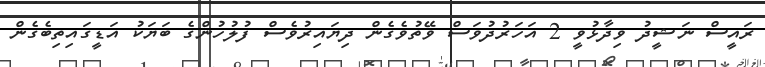
ރައީސް ނަޝީދު ވިދާޅުވީ 2 އަހަރުދުވަސް ވޭތުވެގެން ދިޔައިރުވެސް ފުލުހުންގެ ބަޔަކު އަޑީގައިތިބެގެން